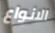
الانواع